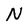
Character: N